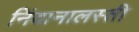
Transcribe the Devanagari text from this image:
निंदानालस्ती